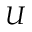
U